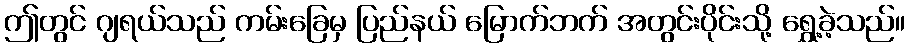
ဤတွင် ဂျရယ်သည် ကမ်းခြေမှ ပြည်နယ် မြောက်ဘက် အတွင်းပိုင်းသို့ ရွှေ့ခဲ့သည်။